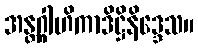
အန္တဂ္ဂါဟိကာဒိဋ္ဌိနိဒ္ဒေသ။